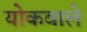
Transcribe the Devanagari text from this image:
योकवाले